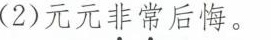
(2)元元非常后悔。